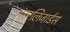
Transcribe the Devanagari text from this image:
थंडरलिजार्डस